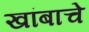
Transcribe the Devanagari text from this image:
खांबाचे